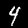
Label: 4